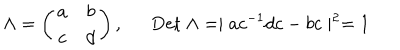
\Lambda = \left( \begin{array} { c c } { { a } } & { { b } } \\ { { c } } & { { d } } \\ \end{array} \right) , \mathrm { D e t } ~ \Lambda = \mid a c ^ { - 1 } d c - b c \mid ^ { 2 } = 1